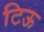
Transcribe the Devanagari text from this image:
टिऊ